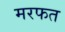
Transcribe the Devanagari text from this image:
मरफत